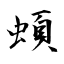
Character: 蝢